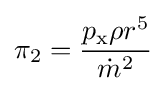
\pi _{2}={\frac {p_{\mathrm {x} }\rho r^{5}}{{\dot {m}}^{2}}}